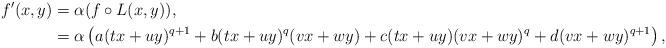
LaTeX: \begin{align*}f'(x,y) &= \alpha ( f \circ L(x,y) ),\\ &= \alpha \left( a (tx+uy)^{q+1} + b (tx+uy)^q (vx+wy) + c(tx+uy) (vx+wy)^q + d (vx+wy)^{q+1} \right),\end{align*}